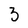
Character: 3